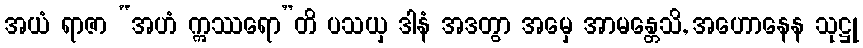
အယံ ရာဇာ “အဟံ ဣဿရော”တိ ပသယှ ဒါနံ အဒတွာ အမှေ အာမန္တေသိ, အဟောနေန သုဋ္ဌု